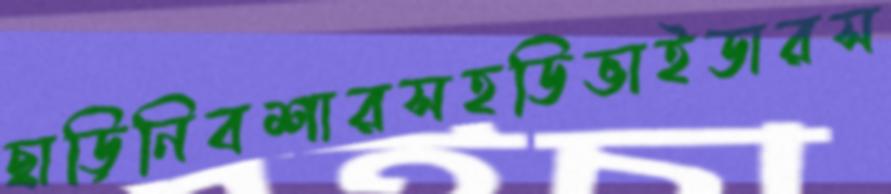
ছাড়িনিবশারসহডিভাইডারস